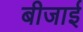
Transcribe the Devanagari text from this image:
बीजाई